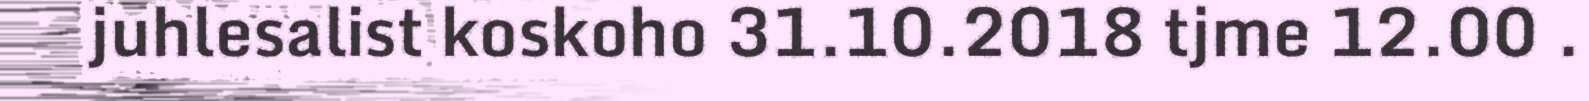
juhlesalist koskoho 31.10.2018 tjme 12.00 .